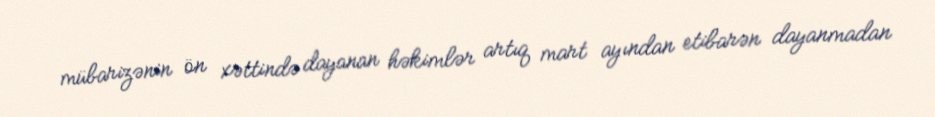
mübarizənin ön xəttində dayanan həkimlər artıq mart ayından etibarən dayanmadan